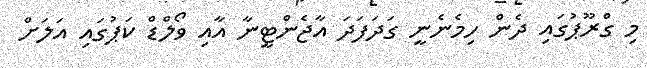
މި ގްރޫޕުގައި ދެން ހިމެނެނީ ގަދަފަދަ އާޖެންޓީނާ އާއި ވޯލްޑް ކަޕުގައި އަލަށް